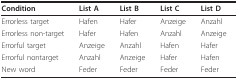
| Condition | List A | List B | List C | List D |
 | --- | --- | --- | --- | --- |
 | Errorless target | Hafen | Hafer | Anzeige | Anzahl |
 | Errorless non-target | Hafer | Hafen | Anzahl | Anzeige |
 | Errorful target | Anzeige | Anzahl | Hafen | Hafer |
 | Errorful nontarget | Anzahl | Anzeige | Hafer | Hafen |
 | New word | Feder | Feder | Feder | Feder |